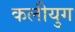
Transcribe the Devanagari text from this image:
कलीयुग